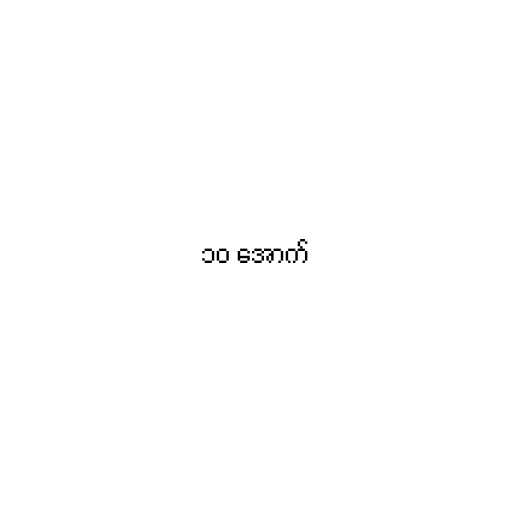
၁၀ အောက်